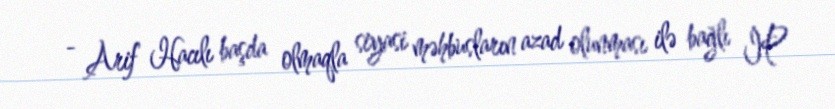
- Arif Hacılı başda olmaqla siyasi məhbusların azad olunması ilə bağlı İP